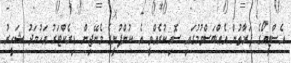
އެސްޓީއޯގެ ފަރާތުުން އެއްބަސްވުމުގައި ސޮއިކުރެއްވީ އެ ކުންފުނީގެ މެނޭޖިން ޑިރެކްޓަރު އަހުމަދު ޝަހީރު